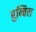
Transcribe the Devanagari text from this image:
बुन्चिल